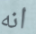
انه